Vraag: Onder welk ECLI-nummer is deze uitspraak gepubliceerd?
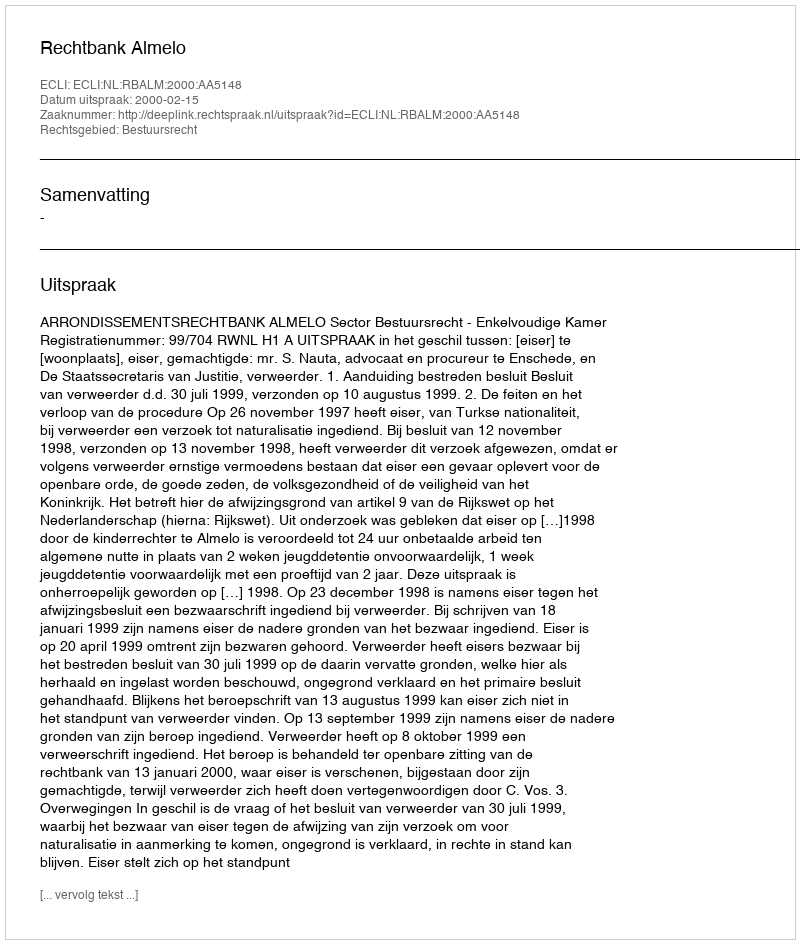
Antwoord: ECLI:NL:RBALM:2000:AA5148